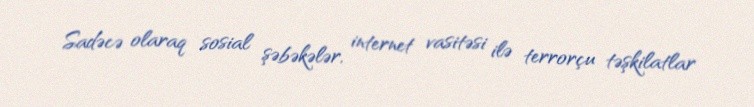
Sadəcə olaraq sosial şəbəkələr, internet vasitəsi ilə terrorçu təşkilatlar